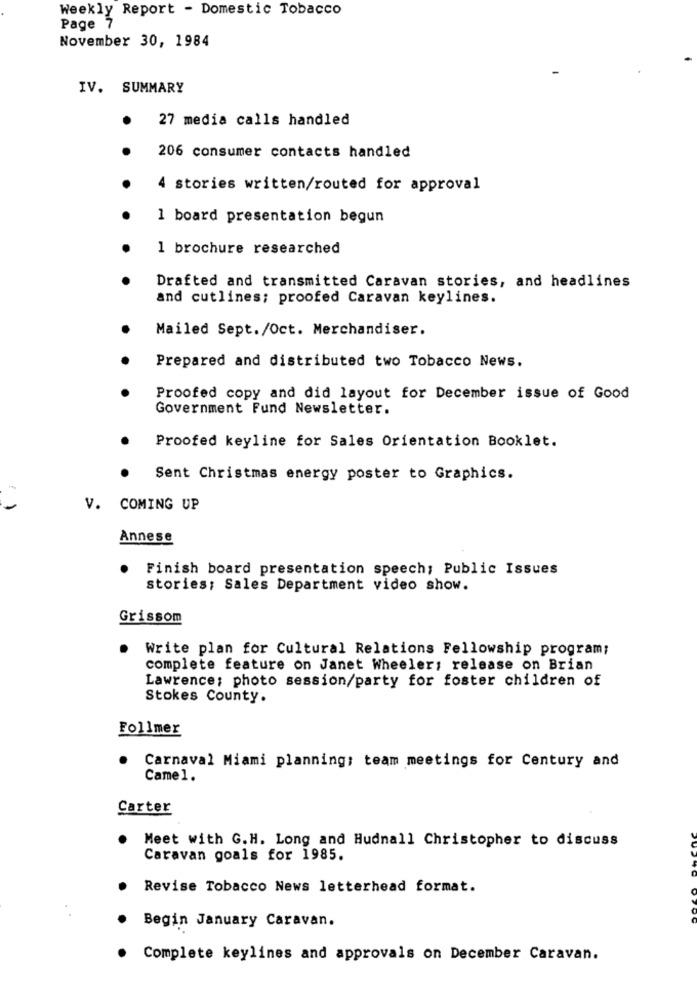
Weekly Report - Domestic Tobacco
Page 7
November 30, 1984
IV. SUMMARY
27 media calls handled
206 consumer contacts handled
4 stories written/routed for approval
1 board presentation begun
1 brochure researched
Drafted and transmitted Caravan stories, and headlines
and cutlines; proofed Caravan keylines.
Mailed Sept./Oct. Merchandiser.
Prepared and distributed two Tobacco News.
Proofed copy and did layout for December issue of Good
Government Fund Newsletter.
Proofed keyline for Sales Orientation Booklet.
Sent Christmas energy poster to Graphics.
V. COMING UP
Annese
Finish board presentation speech; Public Issues
stories; Sales Department video show.
Grissom
Write plan for Cultural Relations Fellowship program;
complete feature on Janet Wheeler; release on Brian
Lawrence; photo session/party for foster children of
Stokes County.
Follmer
Carnaval Miami planning: team meetings for Century and
Came 1.
Carter
Meet with G.H. Long and Hudnall Christopher to discuss
Caravan goals for 1985.
Revise Tobacco News letterhead format.
Begin January Caravan.
.
Complete keylines and approvals on December Caravan.